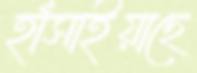
হাঁসাইয়াছে